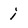
Character: i